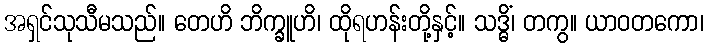
အရှင်သုသီမသည်။ တေဟိ ဘိက္ခူဟိ၊ ထိုရဟန်းတို့နှင့်။ သဒ္ဓိံ၊ တကွ။ ယာဝတကော၊